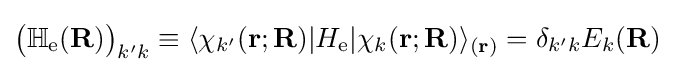
{\big (}\mathbb {H} _{\text{e}}(\mathbf {R} ){\big )}_{k'k}\equiv \langle \chi _{k'}(\mathbf {r} ;\mathbf {R} )|H_{\text{e}}|\chi _{k}(\mathbf {r} ;\mathbf {R} )\rangle _{(\mathbf {r} )}=\delta _{k'k}E_{k}(\mathbf {R} )